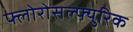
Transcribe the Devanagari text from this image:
फ्लोरोसल्फ्युरिक